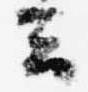
云